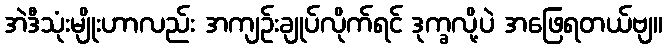
အဲဒီသုံးမျိုးဟာလည်း အကျဉ်းချုပ်လိုက်ရင် ဒုက္ခလို့ပဲ အဖြေရတယ်ဗျ။